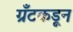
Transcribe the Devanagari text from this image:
ग्रँटकडून